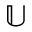
\mathbb { U }